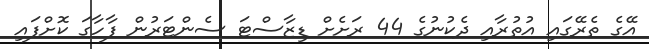
އޭގެ ތެރޭގައި އުތުރާއި ދެކުނުގެ 44 ރަށެށް ޑިޒާސްޓަ ސެންޓަރުން ފާހާގަ ކޮށްފައި